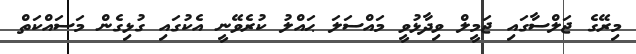
މިރޭގެ ޖަލްސާގައި ޖަމީލް ވިދާޅުވީ މައްސަލަ ޙައްލު ކުރެވޭނީ އެކުގައި ގުޅިގެން މަސައްކަތް